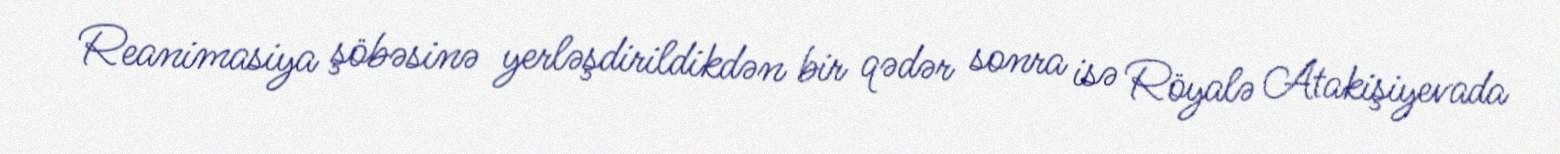
Reanimasiya şöbəsinə yerləşdirildikdən bir qədər sonra isə Röyalə Atakişiyevada